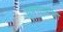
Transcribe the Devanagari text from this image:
दूषनोल्लासा।